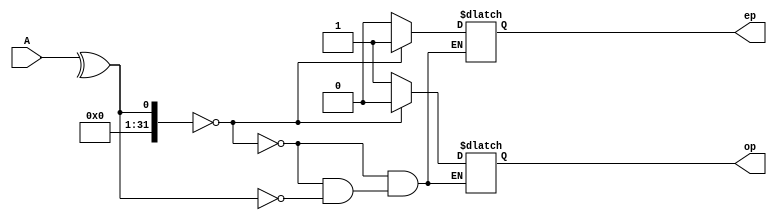
module Parity_generator(A,ep,op);
input [3:0]A;
output reg ep,op;
always@(*)
if(^A==0)
begin 
ep=1;op=0;
end
else if(^A==1)
begin 
ep=0;op=1;
end
endmodule